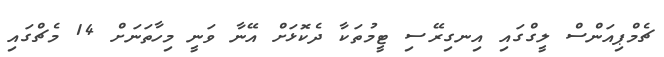
ޗެމްޕިއަންސް ލީގްގައި އިނގިރޭސި ޓީމުތަކާ ދެކޮޅަށް އޭނާ ވަނީ މިހާތަނަށް 14 މެޗްގައި